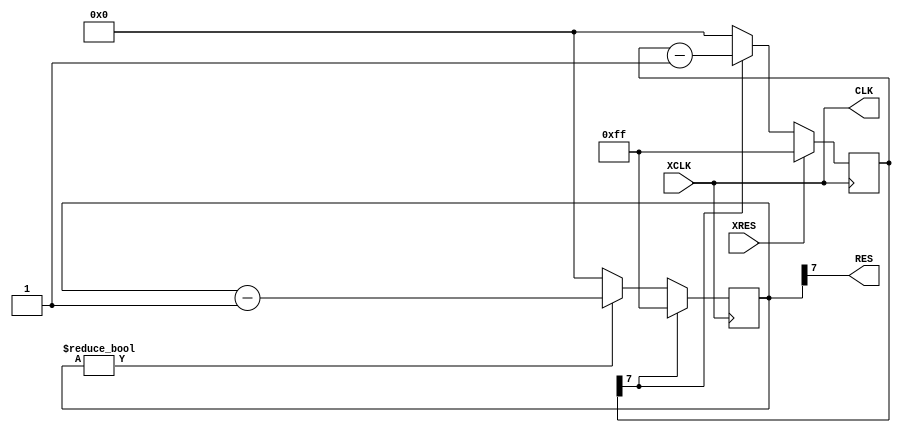
module darkpll
(
    input        XCLK,      // external clock
    input        XRES,      // external reset

    output       CLK,       // internal clock
    output       RES        // internal reset
);

    // internal/external reset logic

    reg [7:0] IRES = -1;

`ifdef INVRES
    always@(posedge XCLK) IRES <= XRES==0 ? -1 : IRES[7] ? IRES-1 : 0; // reset low
`else
    always@(posedge XCLK) IRES <= XRES==1 ? -1 : IRES[7] ? IRES-1 : 0; // reset high
`endif

    wire LOCKED;

    // clock generator logic
    //`define BOARD_CK (`BOARD_CK_REF * `BOARD_CK_MUL / `BOARD_CK_DIV)
    // useful script to calculate MUL/DIV values:
    //
    // awk 'BEGIN {
    //   ref=66.6; target=97.4;
    //   for(m=2;m<=32;m++) for(d=1;d<=32;d++) {
    //     mul=ref*m; delta=target-(mul/d);
    //     if(mul>=600&&mul<=1600) print (delta<0?-delta:delta),mul/d,mul,m,d;
    //   }
    // }' | sort -nr
    //
    // example: reference w/ 66MHz, m=19, d=13 and fx=97.4MHz;
    // not so useful after I discovered that my evaluation board already has an external clock generator :D
    //
    // important remark: the xilinx-7 pll requires a ref*mul bandwidth between 0.6 and 1.6GHz!

`ifdef XILINX7CLK

    wire CLKFB;

    MMCME2_BASE #(
        .BANDWIDTH("OPTIMIZED"),   // Jitter programming (OPTIMIZED, HIGH, LOW)
        .CLKFBOUT_MULT_F(`BOARD_CK_MUL),     // Multiply value for all CLKOUT (2.000-64.000).
        .CLKFBOUT_PHASE(0.0),      // Phase offset in degrees of CLKFB (-360.000-360.000).
        .CLKIN1_PERIOD((1e9/`BOARD_CK_REF)),       // Input clock period in ns to ps resolution (i.e. 33.333 is 30 MHz).
        // CLKOUT0_DIVIDE - CLKOUT6_DIVIDE: Divide amount for each CLKOUT (1-128)
        .CLKOUT0_DIVIDE_F(`BOARD_CK_DIV),    // Divide amount for CLKOUT0 (1.000-128.000).
        .CLKOUT1_DIVIDE(`BOARD_CK_DIV),
        .CLKOUT2_DIVIDE(`BOARD_CK_DIV),
        .CLKOUT3_DIVIDE(`BOARD_CK_DIV),
        .CLKOUT4_DIVIDE(`BOARD_CK_DIV),
        .CLKOUT5_DIVIDE(`BOARD_CK_DIV),
        .CLKOUT6_DIVIDE(`BOARD_CK_DIV),
        // CLKOUT0_DUTY_CYCLE - CLKOUT6_DUTY_CYCLE: Duty cycle for each CLKOUT (0.01-0.99).
        .CLKOUT0_DUTY_CYCLE(0.5),
        .CLKOUT1_DUTY_CYCLE(0.5),
        .CLKOUT2_DUTY_CYCLE(0.5),
        .CLKOUT3_DUTY_CYCLE(0.5),
        .CLKOUT4_DUTY_CYCLE(0.5),
        .CLKOUT5_DUTY_CYCLE(0.5),
        .CLKOUT6_DUTY_CYCLE(0.5),
        // CLKOUT0_PHASE - CLKOUT6_PHASE: Phase offset for each CLKOUT (-360.000-360.000).
        .CLKOUT0_PHASE(0.0),
        .CLKOUT1_PHASE(0.0),
        .CLKOUT2_PHASE(0.0),
        .CLKOUT3_PHASE(0.0),
        .CLKOUT4_PHASE(0.0),
        .CLKOUT5_PHASE(0.0),
        .CLKOUT6_PHASE(0.0),
        .CLKOUT4_CASCADE("FALSE"), // Cascade CLKOUT4 counter with CLKOUT6 (FALSE, TRUE)
        .DIVCLK_DIVIDE(1),         // Master division value (1-106)
        .REF_JITTER1(0.0),         // Reference input jitter in UI (0.000-0.999).
        .STARTUP_WAIT("TRUE")     // Delays DONE until MMCM is locked (FALSE, TRUE)
    )
    MMCME2_BASE_inst (
        // Clock Outputs: 1-bit (each) output: User configurable clock outputs
        .CLKOUT0(CLK),     // 1-bit output: CLKOUT0
        //.CLKOUT0B(CLKOUT0B),   // 1-bit output: Inverted CLKOUT0
        //.CLKOUT1(CLKPWM),     // 1-bit output: CLKOUT1
        //.CLKOUT1B(CLKOUT1B),   // 1-bit output: Inverted CLKOUT1
        //.CLKOUT2(CLKOUT2),     // 1-bit output: CLKOUT2
        //.CLKOUT2B(CLKOUT2B),   // 1-bit output: Inverted CLKOUT2
        //.CLKOUT3(CLKOUT3),     // 1-bit output: CLKOUT3
        //.CLKOUT3B(CLKOUT3B),   // 1-bit output: Inverted CLKOUT3
        //.CLKOUT4(CLKOUT4),     // 1-bit output: CLKOUT4
        //.CLKOUT5(CLKOUT5),     // 1-bit output: CLKOUT5
        //.CLKOUT6(CLKOUT6),     // 1-bit output: CLKOUT6
        // Feedback Clocks: 1-bit (each) output: Clock feedback ports
        .CLKFBOUT(CLKFB),   // 1-bit output: Feedback clock
        //.CLKFBOUTB(CLKFBOUTB), // 1-bit output: Inverted CLKFBOUT
        // Status Ports: 1-bit (each) output: MMCM status ports
        .LOCKED(LOCKED),       // 1-bit output: LOCK
        // Clock Inputs: 1-bit (each) input: Clock input
        .CLKIN1(XCLK),       // 1-bit input: Clock
        // Control Ports: 1-bit (each) input: MMCM control ports
        .PWRDWN(1'b0),       // 1-bit input: Power-down
        .RST(IRES[7]),             // 1-bit input: Reset
        // Feedback Clocks: 1-bit (each) input: Clock feedback ports
        .CLKFBIN(CLKFB)      // 1-bit input: Feedback clock
    );

`elsif XILINX6CLK

    wire CLKFB;

    DCM_SP #(
        .CLKDV_DIVIDE(2.0),                   // CLKDV divide value
                                            // (1.5,2,2.5,3,3.5,4,4.5,5,5.5,6,6.5,7,7.5,8,9,10,11,12,13,14,15,16).
        .CLKFX_DIVIDE(`BOARD_CK_DIV),                     // Divide value on CLKFX outputs - D - (1-32)
        .CLKFX_MULTIPLY(`BOARD_CK_MUL),                   // Multiply value on CLKFX outputs - M - (2-32)
        .CLKIN_DIVIDE_BY_2("FALSE"),          // CLKIN divide by two (TRUE/FALSE)
        .CLKIN_PERIOD((1e9/`BOARD_CK_REF)),                  // Input clock period specified in nS
        .CLKOUT_PHASE_SHIFT("NONE"),          // Output phase shift (NONE, FIXED, VARIABLE)
        .CLK_FEEDBACK("1X"),                  // Feedback source (NONE, 1X, 2X)
        .DESKEW_ADJUST("SYSTEM_SYNCHRONOUS"), // SYSTEM_SYNCHRNOUS or SOURCE_SYNCHRONOUS
        .DFS_FREQUENCY_MODE("LOW"),           // Unsupported - Do not change value
        .DLL_FREQUENCY_MODE("LOW"),           // Unsupported - Do not change value
        .DSS_MODE("NONE"),                    // Unsupported - Do not change value
        .DUTY_CYCLE_CORRECTION("TRUE"),       // Unsupported - Do not change value
        .FACTORY_JF(16'hc080),                // Unsupported - Do not change value
        .PHASE_SHIFT(0),                      // Amount of fixed phase shift (-255 to 255)
        .STARTUP_WAIT("FALSE")                // Delay config DONE until DCM_SP LOCKED (TRUE/FALSE)
    )
    DCM_SP_inst (
        //.CLK0(CLK0),         // 1-bit output: 0 degree clock output
        //.CLK180(CLK180),     // 1-bit output: 180 degree clock output
        //.CLK270(CLK270),     // 1-bit output: 270 degree clock output
        //.CLK2X(CLK2X),       // 1-bit output: 2X clock frequency clock output
        //.CLK2X180(CLK2X180), // 1-bit output: 2X clock frequency, 180 degree clock output
        //.CLK90(CLK90),       // 1-bit output: 90 degree clock output
        //.CLKDV(CLKDV),       // 1-bit output: Divided clock output
        .CLKFX(CLK),       // 1-bit output: Digital Frequency Synthesizer output (DFS)
        //.CLKFX180(CLKFX180), // 1-bit output: 180 degree CLKFX output
        .LOCKED(LOCKED),     // 1-bit output: DCM_SP Lock Output
        //.PSDONE(PSDONE),     // 1-bit output: Phase shift done output
        //.STATUS(STATUS),     // 8-bit output: DCM_SP status output
        //.CLKFB(CLKFB),       // 1-bit input: Clock feedback input
        .CLKIN(XCLK),       // 1-bit input: Clock input
        //.DSSEN(DSSEN),       // 1-bit input: Unsupported, specify to GND.
        //.PSCLK(PSCLK),       // 1-bit input: Phase shift clock input
        .PSEN(1'b0),         // 1-bit input: Phase shift enable
        //.PSINCDEC(PSINCDEC), // 1-bit input: Phase shift increment/decrement input
        .RST(IRES[7])            // 1-bit input: Active high reset input
    );

`elsif LATTICE_ECP5_PLL_REF25MHZ

    pll_ref_25MHz #(
        .freq(`BOARD_CK/1_000_000)
    ) ecp5_pll_I (
        .clki(XCLK),
        .clko(CLK)
    );
    
    assign LOCKED = 1;

`elsif LATTICE_ICE40_BREAKOUT_HX8K

    pll pll_i // 12MHz in, 50 MHz out
    (
        .clock_in  (XCLK),
        .clock_out (CLK),
        .locked    (LOCKED)
    );

`else

    // when there is no need for a clock generator:
    
   assign CLK = XCLK;
   assign LOCKED = !IRES[7];

`endif

    // here I use the CLK and LOCKED to drive RES

    reg [7:0] DRES = -1;

    always@(posedge CLK)
    begin
        DRES <= LOCKED==0 ? -1 : DRES ? DRES-1 : 0;
    end

    assign RES = DRES[7];

endmodule